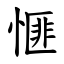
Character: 㥱